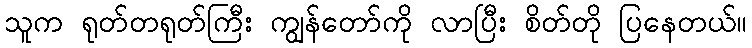
သူက ရုတ်တရုတ်ကြီး ကျွန်တော်ကို လာပြီး စိတ်တို ပြနေတယ်။